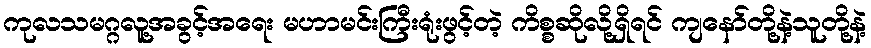
ကုလသမဂ္ဂလူ့အခွင့်အရေး မဟာမင်းကြီးရုံးဖွင့်တဲ့ ကိစ္စဆိုလို့ရှိရင် ကျနော်တို့နဲ့သူတို့နဲ့